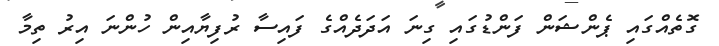
ގޮތެއްގައި ޕެންޝަން ފަންޑުގައި ގިނަ އަދަދެއްގެ ފައިސާ ރުފިޔާއިން ހުންނަ އިރު ތިމާ